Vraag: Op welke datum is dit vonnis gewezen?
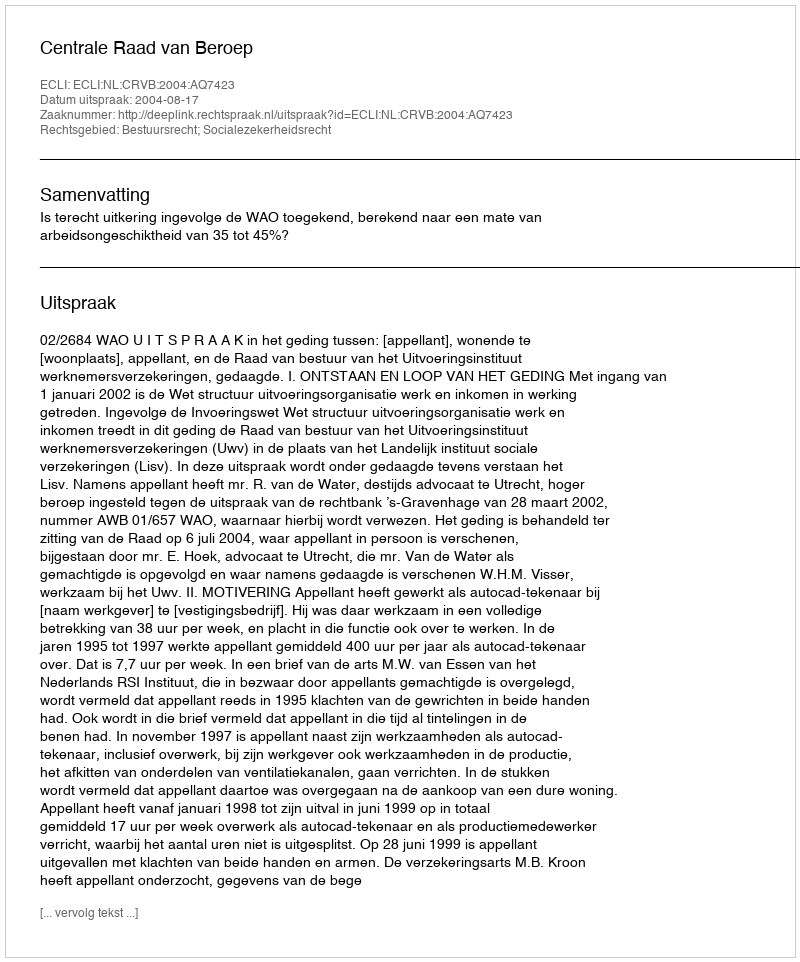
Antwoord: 2004-08-17